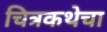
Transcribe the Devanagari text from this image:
चित्रकथेचा